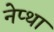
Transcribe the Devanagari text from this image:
नेप्था